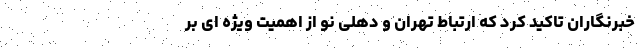
خبرنگاران تاکید کرد که ارتباط تهران و دهلی نو از اهمیت ویژه ای بر